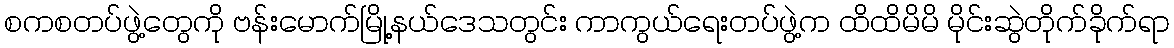
စကစတပ်ဖွဲ့တွေကို ဗန်းမောက်မြို့နယ်ဒေသတွင်း ကာကွယ်ရေးတပ်ဖွဲ့က ထိထိမိမိ မိုင်းဆွဲတိုက်ခိုက်ရာ